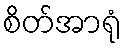
စိတ်အာရုံ